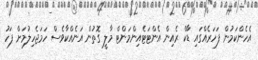
އެހެންކަމުން ފަހަރެއްގައި ޑާކް ރެއިން އެންޓަޓެއިންމަންޓް މާލީ ގޮތުން އަނެއްކާވެސް ހަމަޖެހިލުމަށް ފަހު